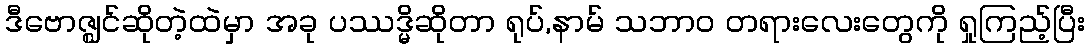
ဒီဗောဇ္ဈင်ဆိုတဲ့ထဲမှာ အခု ပဿဒ္မိဆိုတာ ရုပ်,နာမ် သဘာဝ တရားလေးတွေကို ရှုကြည့်ပြီး